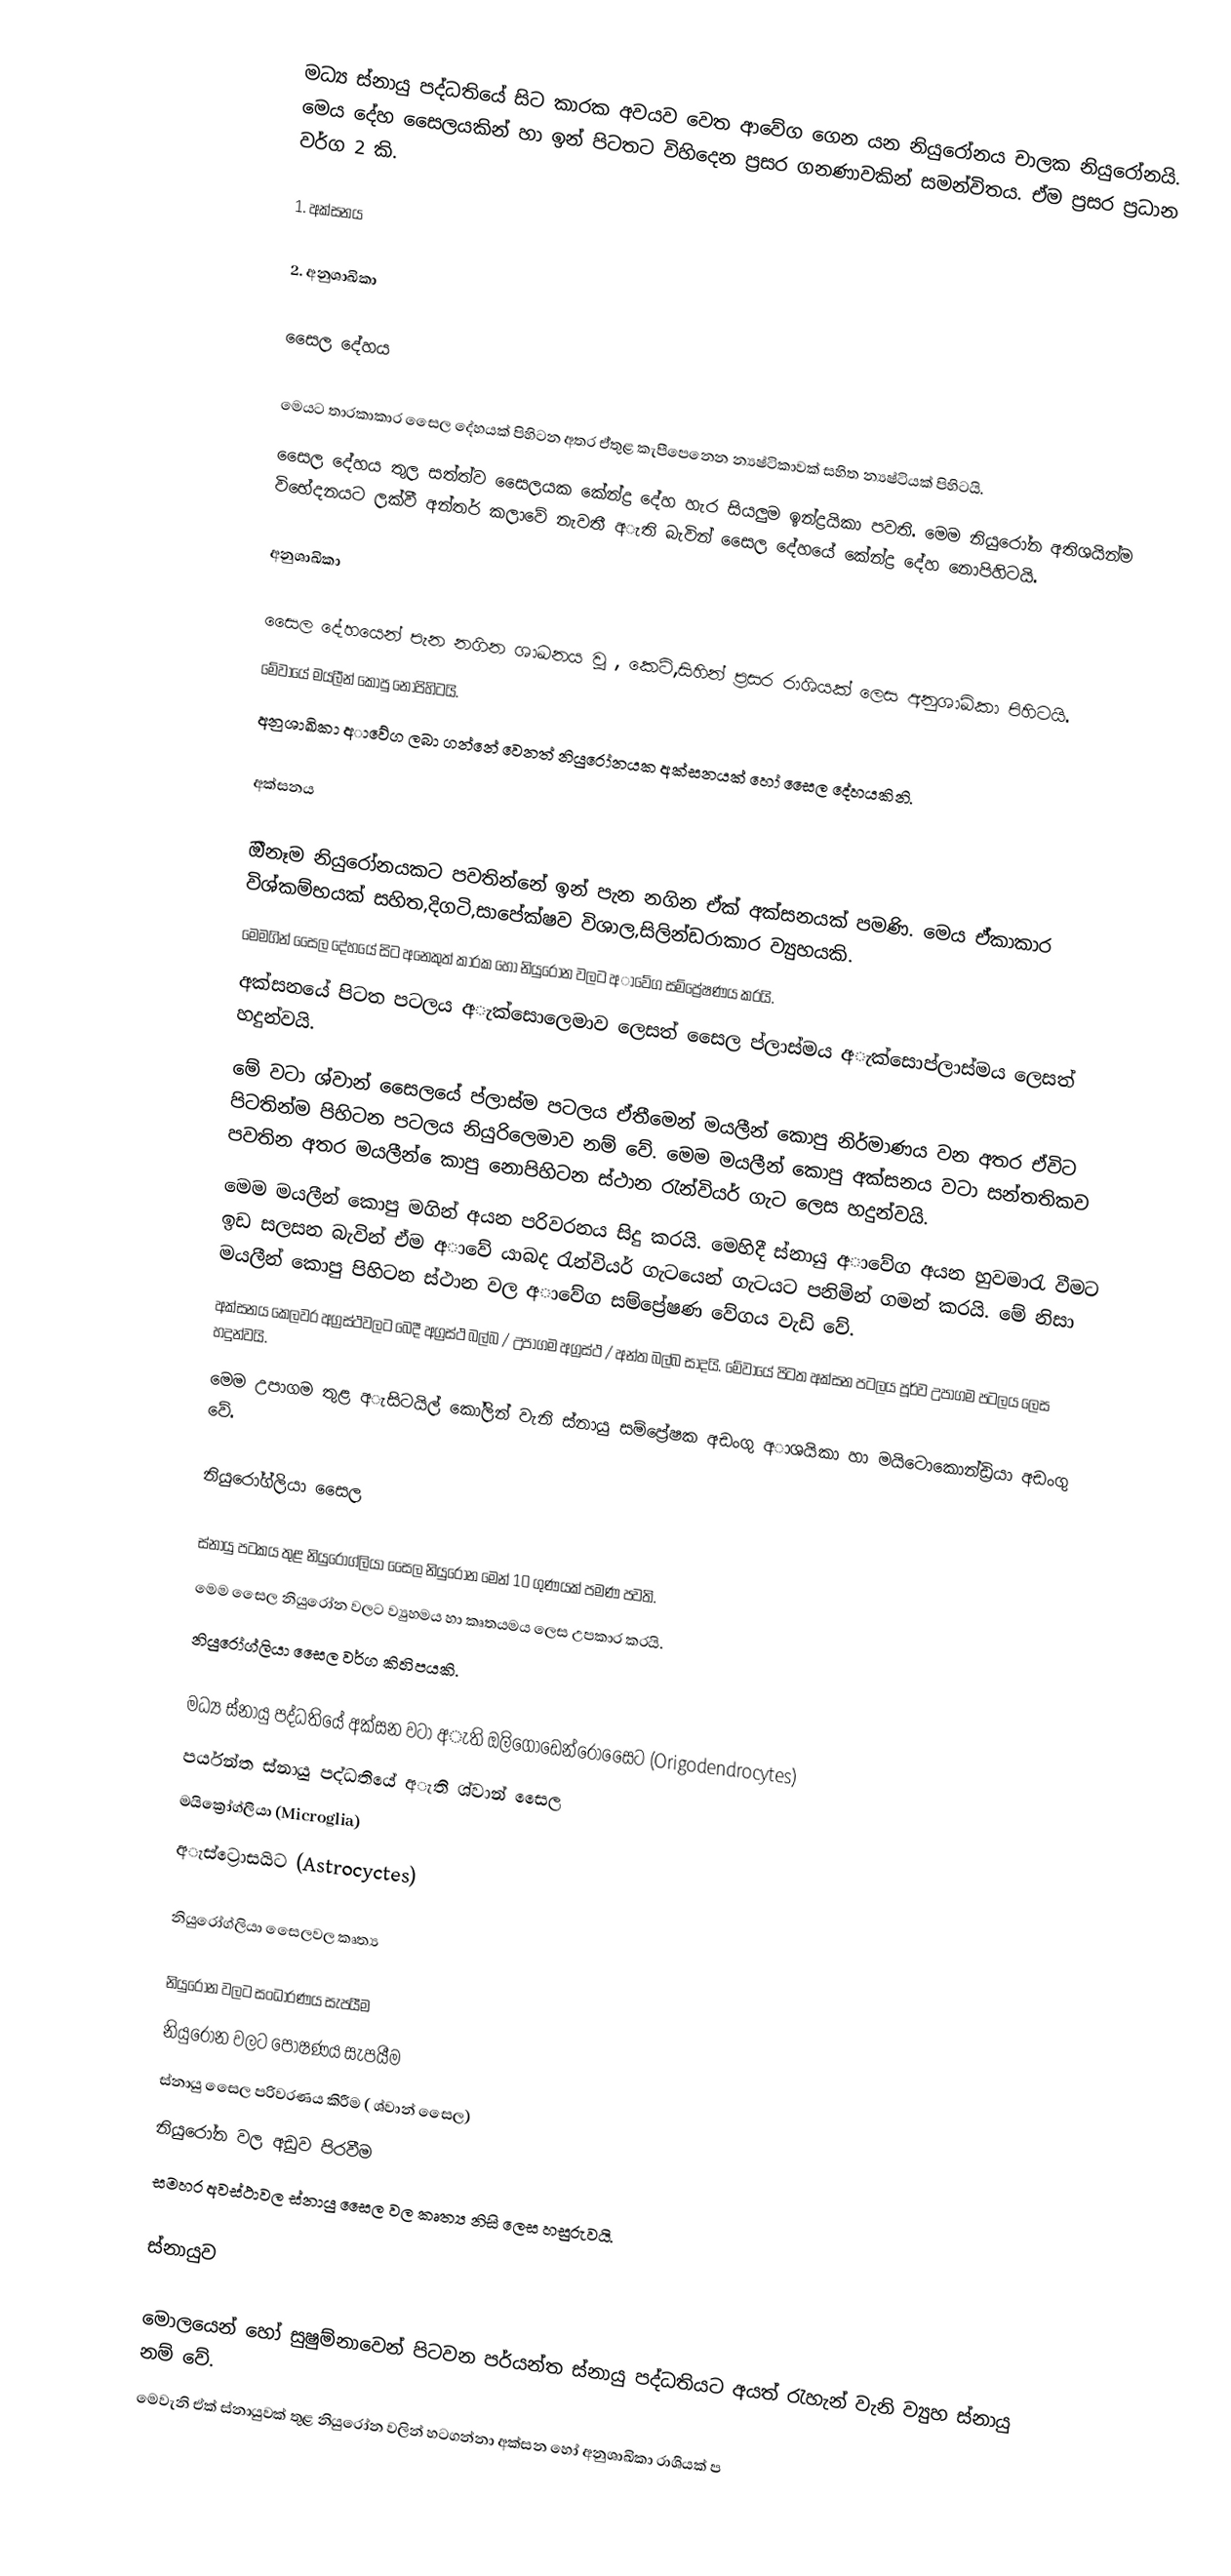
මධ්‍ය ස්නායු පද්ධතියේ සිට කාරක අවයව වෙත ආවේග ගෙන යන නියුරෝනය චාලක නියුරෝනයි. මෙය දේහ සෙෙලයකින් හා ඉන් පිටතට විහිදෙන ප්‍රසර ගනණාවකින් සමන්විතය. ඒම ප්‍රසර ප්‍රධාන වර්ග 2 කි.

1. අක්සනය

2. අනුශාඛිකා

සෙෙල දේහය

 මෙයට තාරකාකාර සෙෙල දේහයක් පිහිටන අතර ඒ්තුළ කැපීපෙනෙන න්‍යෂ්ටිකාවක් සහිත න්‍යෂ්ටියක් පිහිටයි.
 සෙෙල දේහය තුල සත්ත්ව සෙෙලයක කේන්ද්‍ර දේහ හැර සියලුම ඉන්ද්‍රයිකා පවති. මෙම නියුරෝන අතිශයින්ම විභේදනයට ලක්වී අන්තර් කලාවේ නැවතී අැති බැවින් සෙෙල දේහයේ කේන්ද්‍ර දේහ නොපිහිටයි.

අනුශාඛිකා

 සෙෙල දේහයෙන් පැන නගින ශාඛනය වූ , කෙටි,සිහින් ප්‍රසර රාශියක් ලෙස අනුශාඛිකා පිහිටයි.
 මේවායේ මයලීන් කොපු නොපිහිටයි.
 අනුශාඛිකා අාවේග ලබා ගන්නේ වෙනත් නියුරෝනයක අක්සනයක් හෝ සෙෙල දේහයකිනි.

අක්සනය

 ඔීනෑම නියුරෝනයකට පවතින්නේ ඉන් පැන නගින ඒක් අක්සනයක් පමණි. මෙය ඒ්කාකාර විශ්කම්භයක් සහිත,දිගටි,සාපේක්ෂව විශාල,සිලින්ඩරාකාර ව්‍යුහයකි.
 මෙමගින් සෙෙල දේහයේ සිට අනෙකුත් කාරක හෝ නියුරෝන වලට අාවේග සම්ප්‍රේෂණය කරයි.
 අක්සනයේ පිටත පටලය අැක්සොලෙමාව ලෙසත් සෙෙල ප්ලාස්මය අැක්සොප්ලාස්මය ලෙසත් හදුන්වයි.
 මේ වටා ශ්වාන් සෙෙලයේ ප්ලාස්ම පටලය ඒතීමෙන් මයලීන් කොපු නිර්මාණය වන අතර ඒවිට පිටතින්ම පිහිටන පටලය නියුරිලෙමාව නම් වේ. මෙම මයලීන් කොපු අක්සනය වටා සන්තතිකව පවතින අතර මයලීන් ෙකාපු නොපිහිටන ස්ථාන රැන්වියර් ගැට ලෙස හදුන්වයි.
 මෙම මයලීන් කොපු මගින් අයන පරිවරනය සිදු කරයි. මෙහිදී ස්නායු අාවේග අයන හුවමාරැ වීමට ඉඩ සලසන බැවින් ඒම අාවේ යාබද රැන්වියර් ගැටයෙන් ගැටයට පනිමින් ගමන් කරයි. මේ නිසා මයලීන් කොපු පිහිටන ස්ථාන වල අාවේග සම්ප්‍රේෂණ වේගය වැඩි වේ.
 අක්සනය කෙලවර අග්‍රස්ථවලට බෙදී අග්‍රස්ථ බල්බ / උපාගම අග්‍රස්ථ / අන්ත බල්බ සාදයි. මේවායේ පිටත අක්සන පටලය පූර්ව උපාගම පටලය ලෙස හදුන්වයි.
 මෙම උපාගම තුළ අැසිටයිල් කෝලින් වැනි ස්නායු සම්ප්‍රේෂක අඩංගු අාශයිකා හා මයිටොකොන්ඩ්‍රියා අඩංගු වේ.

නියුරෝග්ලියා සෙෙල

 ස්නායු පටකය තුළ නියුරෝග්ලියා සෙෙල නියුරෝන මෙන්  10 ගුණයක් පමණ පවති.
 මෙම සෙෙල නියුරෝන වලට ව්‍යුහමය හා කෘතයමය ලෙස උපකාර කරයි.
 නියුරෝග්ලියා සෙෙල වර්ග කිහිපයකි.

 මධ්‍ය ස්නායු පද්ධතියේ අක්සන වටා අැති ඔලිගොඩෙන්රෝසෙෙට (Origodendrocytes)
 පර්යන්ත ස්නායු පද්ධතියේ අැති ශ්වාන් සෙෙල
 මයික්‍රෝග්ලියා (Microglia)
 අැස්ට්‍රොසයිට (Astrocyctes)

නියුරෝග්ලියා සෙෙලවල කෘත්‍ය

 නියුරෝන වලට සංධාරණය සැපයීම
 නියුරෝන වලට පෝෂණය සැපයීම
 ස්නායු සෙෙල පරිවරණය කිරීම ( ශ්වාන් සෙෙල)
 නියුරෝන වල අඩුව පිරවීම
 සමහර අවස්ථාවල ස්නායු සෙෙල වල කෘත්‍ය නිසි ලෙස හසුරුවයි.

ස්නායුව

 මොලයෙන් හෝ සුෂුම්නාවෙන් පිටවන පර්යන්ත ස්නායු පද්ධතියට අයත් රැහැන් වැනි ව්‍යුහ ස්නායු නම් වේ.
 මෙවැනි ඒක් ස්නායුවක් තුළ නියුරෝන වලින් හටගන්නා අක්සන හෝ අනුශාඛිකා රාශියක් ප